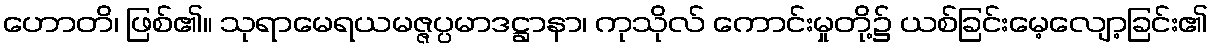
ဟောတိ၊ ဖြစ်၏။ သုရာမေရယမဇ္ဇပ္ပမာဒဋ္ဌာနာ၊ ကုသိုလ် ကောင်းမှုတို့၌ ယစ်ခြင်းမေ့လျော့ခြင်း၏